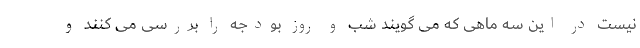
نیست در این سه ماهی که می گویند شب و روز بودجه را بررسی می کنند و